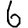
Digit: 6